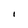
Character: I